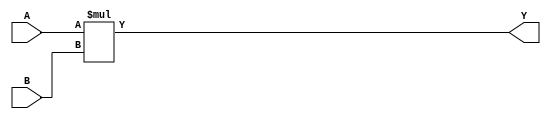
module mult_unsigned #(
    parameter INPUT_WIDTH = 14,
    parameter OUTPUT_WIDTH = 28
  ) (A, B, Y);
	input wire  [INPUT_WIDTH-1:0] A;
	input wire  [INPUT_WIDTH-1:0] B;
	output wire [OUTPUT_WIDTH-1:0] Y;

		assign Y = A * B;
endmodule